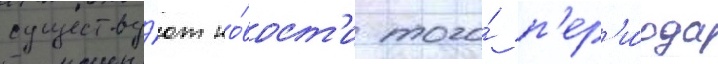
существу́ют но́вост'и того́ п'ер'и́ода